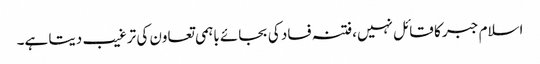
اسلام جبر کا قائل نہیں،فتنہ فساد کی بجائے باہمی تعاون کی ترغیب دیتا ہے۔